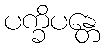
ပက္ခိပန္တေ